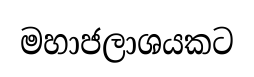
මහාජලාශයකට